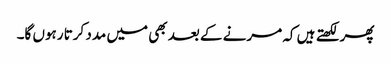
پھر لکھتے ہیں کہ مرنے کے بعد بھی میں مدد کرتا رہوں گا۔